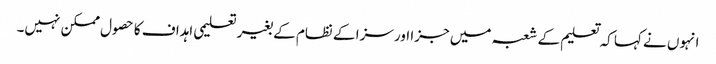
انہوں نے کہا کہ تعلیم کے شعبہ میں جزا اور سزا کے نظام کے بغیر تعلیمی اہداف کا حصول ممکن نہیں۔